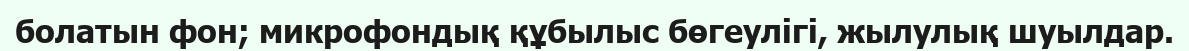
болатын фон; микрофондық құбылыс бөгеулігі, жылулық шуылдар.